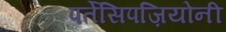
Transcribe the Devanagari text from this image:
पर्तेसिपज़ियोनी